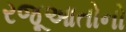
રજૂઆતોનો